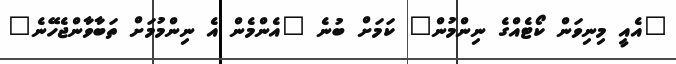
"އެއީ މިނިވަން ކޯޓެއްގެ ނިންމުން" ކަމަށް ބުނެ "އެންމެން އެ ނިންމުމަށް ތަބާވާންޖެހޭނެ"